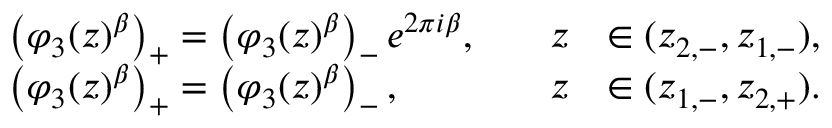
\begin{array} { r l r l } & { \left( \varphi _ { 3 } ( z ) ^ { { \beta } } \right) _ { + } = \left( \varphi _ { 3 } ( z ) ^ { { \beta } } \right) _ { - } e ^ { 2 \pi i { \beta } } , \quad } & { z } & { \in ( z _ { 2 , - } , z _ { 1 , - } ) , } \\ & { \left( \varphi _ { 3 } ( z ) ^ { { \beta } } \right) _ { + } = \left( \varphi _ { 3 } ( z ) ^ { { \beta } } \right) _ { - } , \quad } & { z } & { \in ( z _ { 1 , - } , z _ { 2 , + } ) . } \end{array}